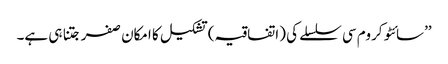
’’سائٹو کروم سی سلسلے کی (اتفاقیہ) تشکیل کا امکان صفر جتنا ہی ہے۔